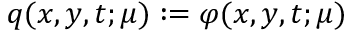
q ( x , y , t ; \mu ) : = \varphi ( x , y , t ; \mu )